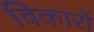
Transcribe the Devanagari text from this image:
विकारों